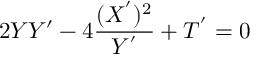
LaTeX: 2 Y Y ^ { \prime } - 4 \frac { ( X ^ { ^ { \prime } } ) ^ { 2 } } { Y ^ { ^ { \prime } } } + T ^ { ^ { \prime } } = 0